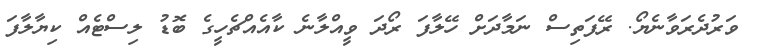
ވަރުދެރަވާނެޔޯ. ރޭފަތިސް ނަމާދަށް ހޭލާފަ ރޯދަ ވީއްލާނެ ކާއެއްޗެހީގެ ބޮޑު ލިސްޓެއް ކިޔާލާފަ